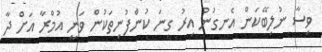
ވިސާ ނުލިބޭކަން އެނގުނު އިރު ގިނަ ކުންފުނިތަކުން ވަނީ އުމްރާ އަށް ދާ